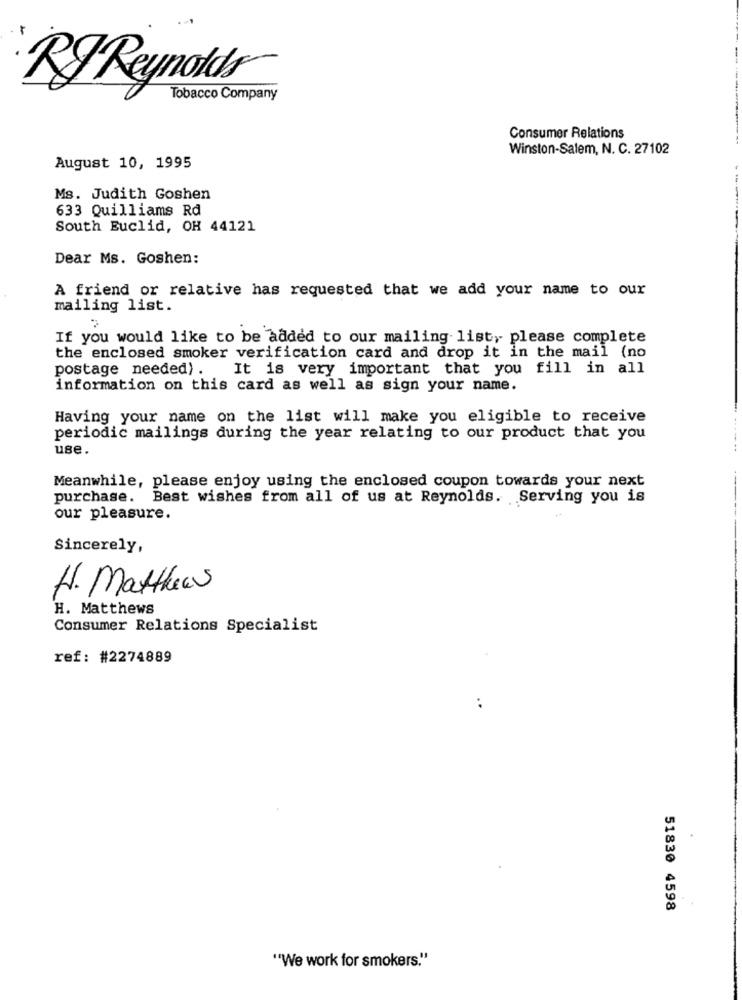
RJ Reynolds
Tobacco Company
Consumer Relations
Winston-Salem, N. C. 27102
August 10, 1995
Ms. Judith Goshen
633 Quilliams Rd
South Euclid, OH 44121
Dear Ms. Goshen:
A friend or relative has requested that we add your name to our
mailing list.
If you would like to be added to our mailing list, please complete
the enclosed smoker verification card and drop it in the mail (no
postage needed) .
It is very important that you fill in all
information on this card as well as sign your name.
Having your name on the list will make you eligible to receive
periodic mailings during the year relating to our product that you
use.
Meanwhile, please enjoy using the enclosed coupon towards your next
purchase. Best wishes from all of us at Reynolds. Serving you is
our pleasure.
Sincerely,
H. Matthews
H. Matthews
Consumer Relations Specialist
ref: #2274889
51830 4598
"We work for smokers."